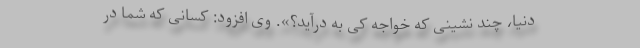
دنیا، چند نشینی که خواجه کی به درآید؟». وی افزود: کسانی که شما در